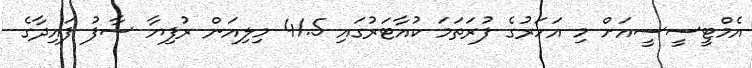
އެމްޓީސީސީއަށް މި އަހަރުގެ ފުރަތަމަ ކުއާޓަރުގައި 41.5 މިލިއަން ރުފިޔާ ސާފު ފައިދާގެ